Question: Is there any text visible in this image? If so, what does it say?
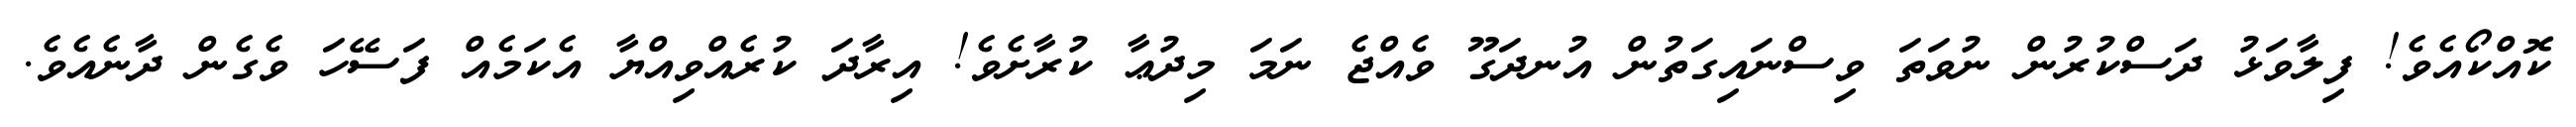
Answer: ކޮއްކޯއެވެ! ފިލާވަޅު ދަސްކުރުން ނުވަތަ ވިސްނައިގަތުން އުނދަގޫ ވެއްޖެ ނަމަ މިދުޢާ ކުރާށެވެ! އިރާދަ ކުރެއްވިއްޔާ އެކަމެއް ފަސޭހަ ވެގެން ދާނެއެވެ.